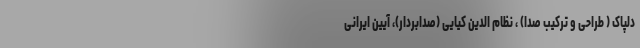
دلپاک ( طراحی و ترکیب صدا) ، نظام الدین کیایی (صدابردار)، آیین ایرانی